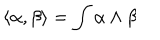
\langle \alpha , \beta \rangle = \int \alpha \wedge \beta